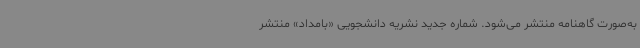
به‌صورت گاهنامه منتشر می‌شود. شماره جدید نشریه دانشجویی «بامداد» منتشر